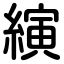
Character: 縯